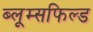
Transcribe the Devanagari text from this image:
ब्लूम्सफिल्ड